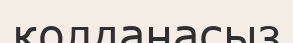
қолданасыз